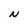
Character: N